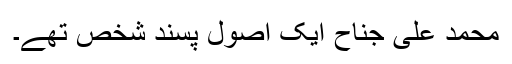
محمد علی جناح ایک اُصول پسند شخص تھے۔